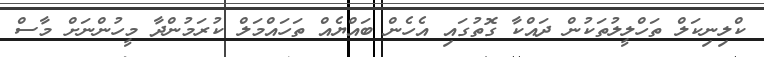
ކްލިނިކަލް ތަހްލީލުތަކުން ދައްކާ ގޮތުގައި އެހެން ބައްޔެއް ތަހައްމަލް ކުރަމުންދާ މީހުންނަށް މާސް